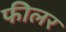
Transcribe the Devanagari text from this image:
फीलर